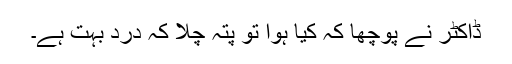
ڈاکٹر نے پوچھا کہ کیا ہوا تو پتہ چلا کہ درد بہت ہے۔